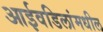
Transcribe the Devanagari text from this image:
आईवडिलांमधील